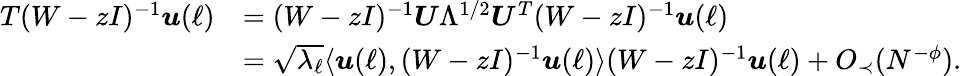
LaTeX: \begin{array}{rl}{T(W-zI)^{-1}{\boldsymbol u}(\ell)}&{=(W-zI)^{-1}{\boldsymbol U}\Lambda^{1/2}{\boldsymbol U}^{T}(W-zI)^{-1}{\boldsymbol u}(\ell)}\\ &{=\sqrt{\lambda_{\ell}}\langle{\boldsymbol u}(\ell),(W-zI)^{-1}{\boldsymbol u}(\ell)\rangle(W-zI)^{-1}{\boldsymbol u}(\ell)+O_{\prec}(N^{-\phi}).}\end{array}